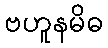
ဗဟူနမိဓ